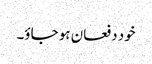
خود دفعان ہو جاؤ۔